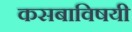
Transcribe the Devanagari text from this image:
कसबाविषयी